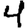
Digit: 4